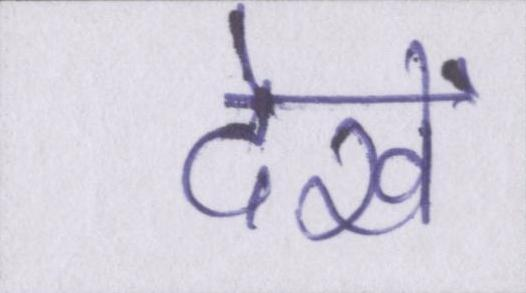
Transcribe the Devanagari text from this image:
देखें